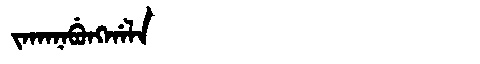
Manchu: ᠵᠠᡴᠠᠨᠠᠪᡠᠩᡤᠠᠯᠠ
Romanization: JAKANABUNGGALA